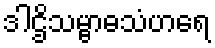
ဒါဌိသမ္ဗာဓသံဟရေ